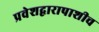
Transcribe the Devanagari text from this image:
प्रवेशद्वारापाशीच